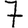
Digit: 7